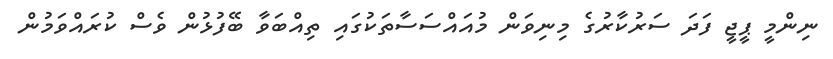
ނިންމީ ޕީޖީ ފަދަ ސަރުކާރުގެ މިނިވަން މުއައްސަސާތަކުގައި ތިއްބަވާ ބޭފުޅުން ވެސް ކުރައްވަމުން